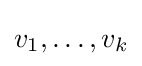
{\textstyle v_{1},\dots ,v_{k}}